Scottish Leaving Certificate Examination, 1955
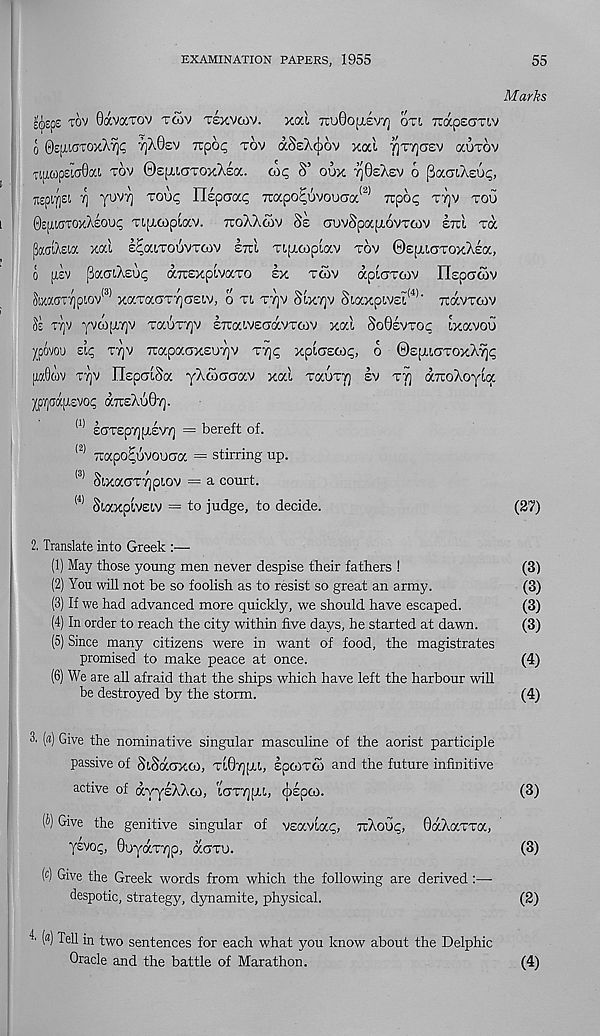
EXAMINATION PAPERS, 1955
55
Marks
£(j)epe tov Oavarov tcov texvoiv. xal 7ru0O[xevy) oti 7rapecrTi.v
o OepitdTOxXTji; tjXOev Tcpo^ tov aSeX^ov xa'i 7]T7]cjev auxov
TtjiwpeiciQai tov ©epucrroxXea. (0<; S’ oux tjSeXev o PocoiXeui;,
TtepiTjet 7) yovr) toui; llepoap 7rocpofc,ovouaa
7upo<; ttjv tou
©epitffTOxXsou^ Tip-copiav. ttoXXoiv Se auvSpapiovTtov etul toc
(toalAsia xal E^aiToSvTCOv etcl Tipioiplav tov ©EfxurroxXEa,
o [iev paaiXeui; aTrsxplvocTO ex toov apiaTtov IlEpcrcov
SixmTrjpLov l3> xaTacrTTjOEiv, o ti tt]v Slx7]v Siaxpi.vEL (4) ‘ tcocvtoiv
Se Tijv yvcopjv TauTTjV ETrawEcjavTcov xal SoGevtoc Ixavou
^povou sii; TYjv xapaoxEUTjv tijc; xploEox;, o ©EpucrTOxXTii;
(ia0(ov tt]v nspalSa yXcoa-cjav xal TauTT) ev tv] axoXoyla
^dapiEVOi; aTTEXuSr).
(1> EOTEpTjfXEVT] = bereft of.
(2) "apo^uvouaa = stirring up.
(3) SixaaTTjptov = a court.
(4) Siaxplvsiv = to judge, to decide.
(27)
2. Translate into Greek :—
(1) May those young men never despise their fathers !
(3)
(2) You will not be so foolish as to resist so great an army.
(3)
(3) If we had advanced more quickly, we should have escaped.
(3)
(4) In order to reach the city within five days, he started at dawn.
(3)
(5) Since many citizens were in want of food, the magistrates
promised to make peace at once.
(4)
(6) We are all afraid that the ships which have left the harbour will
be destroyed by the storm.
(4)
3. («) Give the nominative singular masculine of the aorist participle
passive of SiSdcaxoi, t107]|jU, spooTCO and the future infinitive
active of ayylXXoi, urrijpu, cjispco.
(3)
(0 Give the genitive singular of vsavlaq, ttXoui;, 0aXa.TTa,
ysvoc;, 0uya.TY]p, acrru.
(3)
(c) Give the Greek words from which the following are derived :—•
despotic, strategy, dynamite, physical.
(2)
(<*) Tell in two sentences for each what you know about the Delphic
Oracle and the battle of Marathon.
(4)